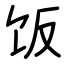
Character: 饭